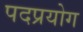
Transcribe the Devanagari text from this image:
पदप्रयोग